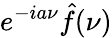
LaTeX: e^{-ia\nu}{\hat{f}}(\nu)